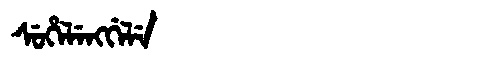
Manchu: ᠰᡠᡥᡝᠯᡝᠩᡤᡝᠯᡝ
Romanization: SUHELENGGELE